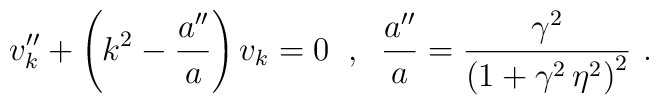
v_k'' + \left( k^2 - \frac{a''}{a} \right) v_k = 0 \;\;,\;\; \frac{a''}{a} = \frac{\gamma^2}{\left( 1 + \gamma^2 \, \eta^2 \right)^2} \,\,.